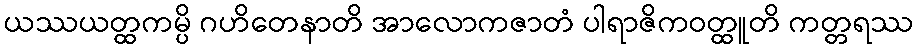
ယဿယတ္ထကမ္ပိ ဂဟိတေနာတိ အာလောကဇာတံ ပါရာဇိကဝတ္ထူတိ ကတ္တရဿ